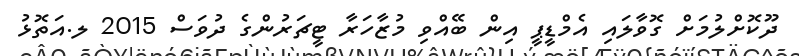
ދޫކޮށްލުމަށް ގޮވާލައި އެމްޑީޕީ އިން ބޭއްވި މުޒާހަރާ ޓީޗަރުންގެ ދުވަސް 2015 ލ.އަތޮޅު